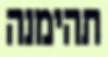
תהימנה